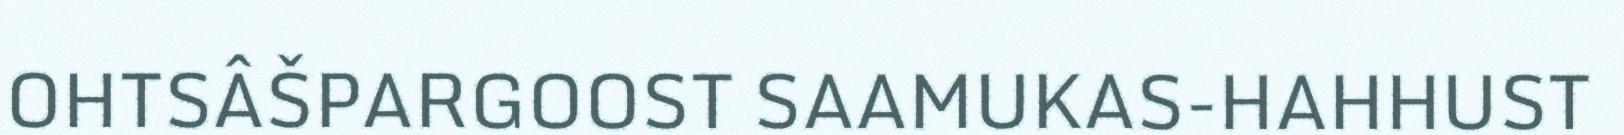
OHTSÂŠPARGOOST SAAMUKAS-HAHHUST